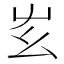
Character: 𡴁